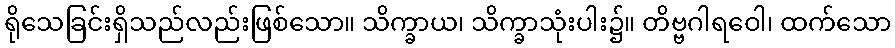
ရိုသေခြင်းရှိသည်လည်းဖြစ်သော။ သိက္ခာယ၊ သိက္ခာသုံးပါး၌။ တိဗ္ဗဂါရဝေါ၊ ထက်သော